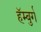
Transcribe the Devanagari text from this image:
हॅम्बुर्ग